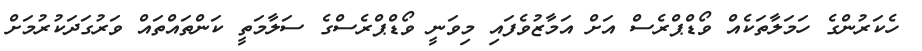
ހެކަރުންގެ ހަމަލާތަކެއް ވޯޑްޕްރެސް އަށް އަމާޒުވެފައި މިވަނީ ވޯޑްޕްރެސްގެ ސަލާމަތީ ކަންތައްތައް ވަރުގަދަކުރުމަށް